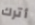
أترك